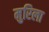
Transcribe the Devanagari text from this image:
मुरिला